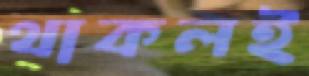
থাকলই